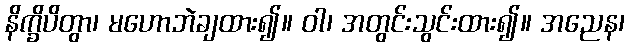
နိက္ခိပိတွာ၊ မဟောဘဲချထား၍။ ဝါ၊ အတွင်းသွင်းထား၍။ အညေန၊